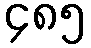
၄၈၅